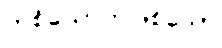
တစ်ယောက်ဖြစ်သော